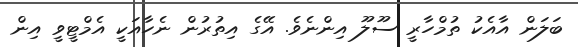
ބަލަން އާއެކު ތުމްހާރީ ސޫލޫ އިންނެވެ. އޭގެ އިތުރުން ނެހާއަކީ އެމްޓީވީ އިން